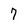
Character: 7